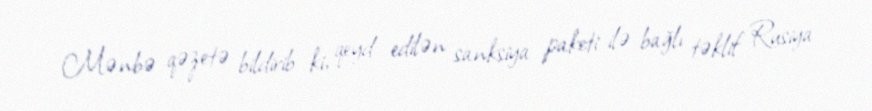
Mənbə qəzetə bildirib ki, qeyd edilən sanksiya paketi ilə bağlı təklif Rusiya